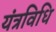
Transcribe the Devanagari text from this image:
यंत्रविधि